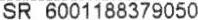
SR 6001188379050